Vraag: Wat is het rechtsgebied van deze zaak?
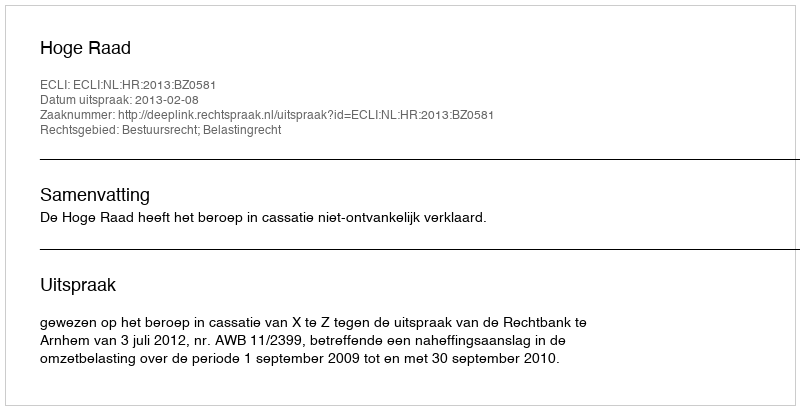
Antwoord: Bestuursrecht; Belastingrecht